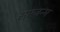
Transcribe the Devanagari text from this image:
सप्तजन्म